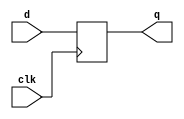
module dff(input d,clk,output reg q);
  always @(posedge clk )begin
    q=d;
  end
  initial q=0;
endmodule